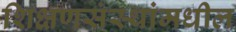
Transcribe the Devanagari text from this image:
शिक्षणसंस्थांमधील